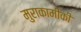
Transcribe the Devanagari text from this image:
मुराकामीकी